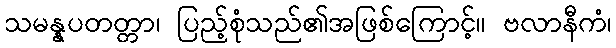
သမန္နပတတ္တာ၊ ပြည့်စုံသည်၏အဖြစ်ကြောင့်။ ဗလာနီကံ၊